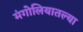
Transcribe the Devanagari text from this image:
मंगोलियातल्या